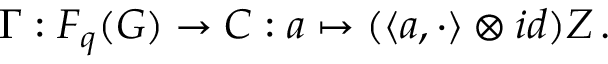
\Gamma : F _ { q } ( G ) \rightarrow { \cal C } : a \mapsto ( \langle a , \cdot \rangle \otimes i d ) { \cal Z } \, .